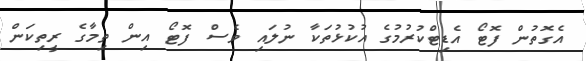
އެގޮތުން ފޮޓޯ އެޑިޓްކުރުމުގެ އުކުޅުތަކާ ނުލައި ވެސް ފޮޓޯ އިން ތިމާގެ ރީތިކަން